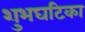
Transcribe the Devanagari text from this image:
शुभघटिका